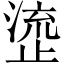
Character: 𬈰